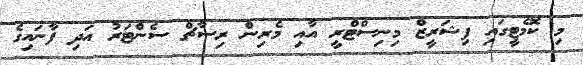
މި ކޮމެޓީގައި ފިޝަރީޒް މިނިސްޓްރީ އާއި މެރިން ރިސާޗް ސެންޓަރު އަދި ފާނައިގެ